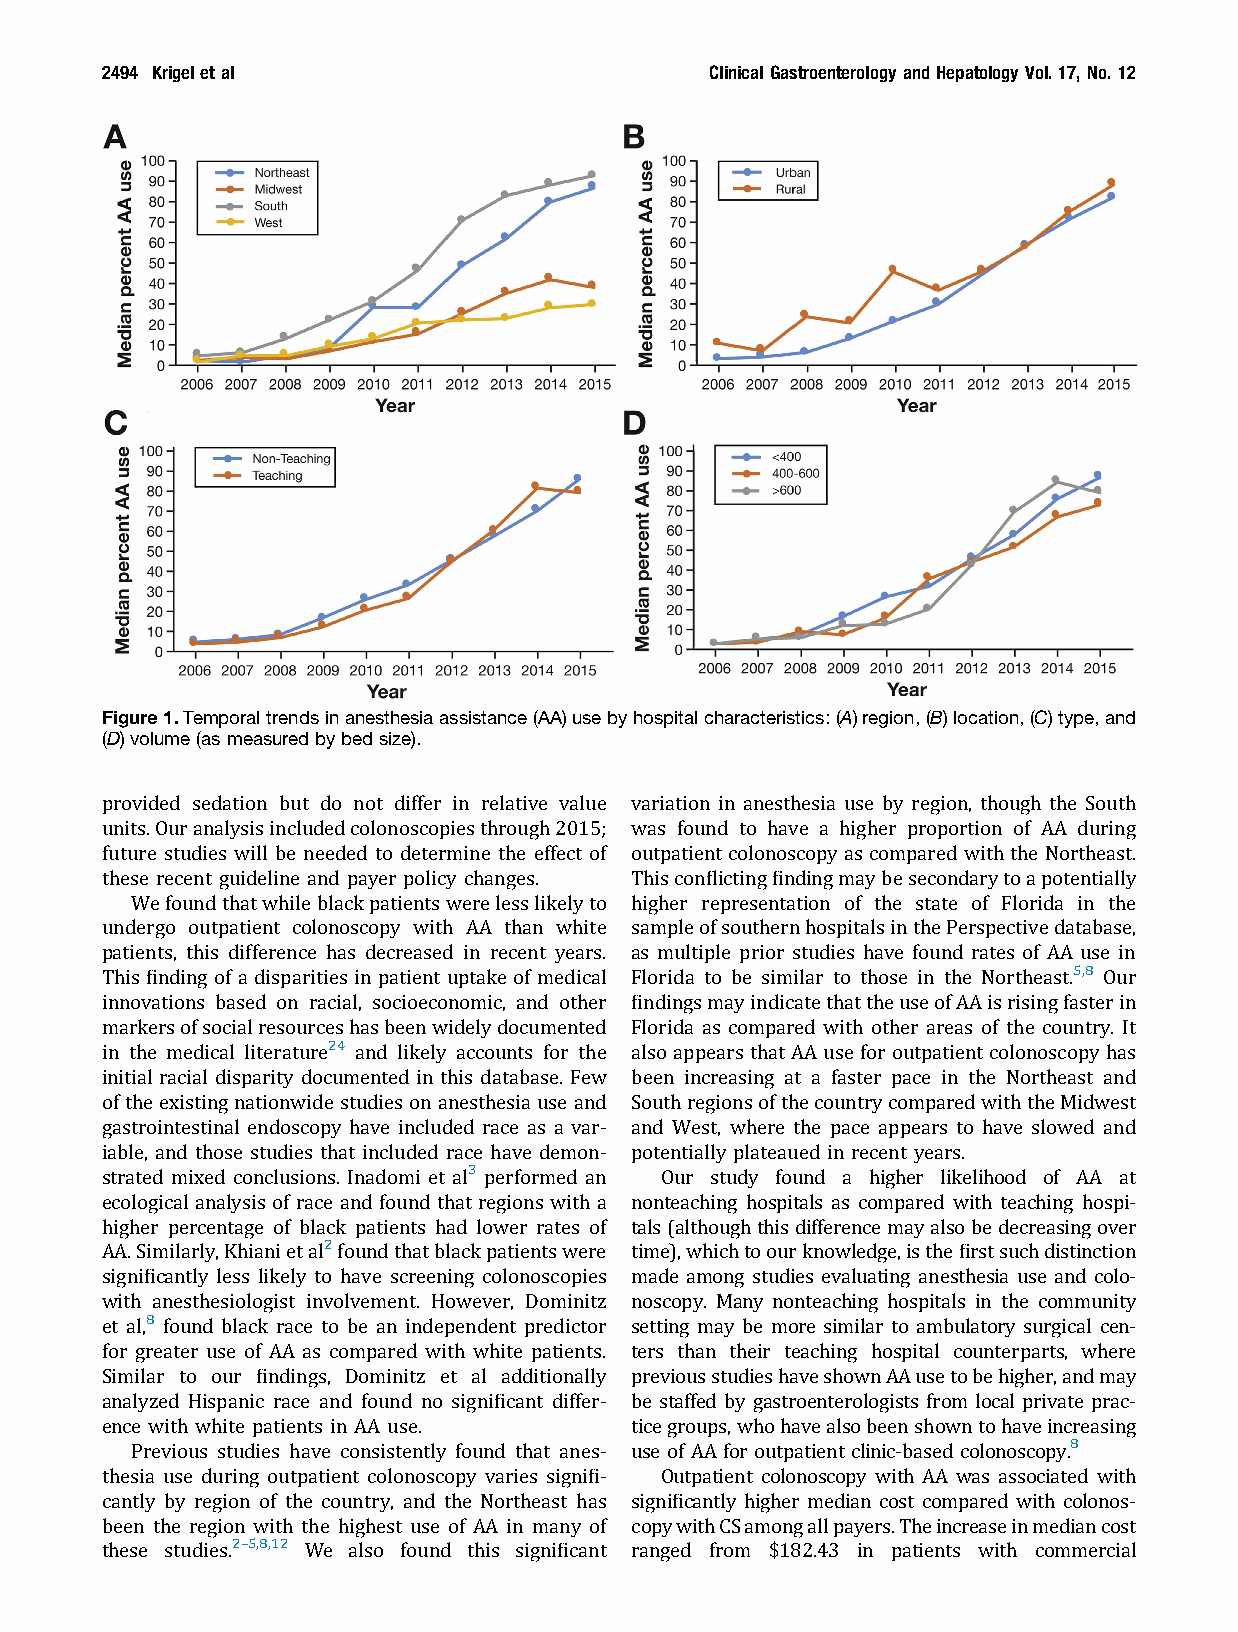
2494 Krigeletal                         Clinical GastroenterologyandHepatology Vol.17,No. 12
 Figure1.Temporaltrendsinanesthesiaassistance(AA)usebyhospitalcharacteristics:(A)region,(B)location,(C)type,and
 (D)volume(asmeasuredbybedsize).
 provided sedation but do not differ in relative value variation in anesthesia use by region, though the South
 units.Ouranalysisincludedcolonoscopiesthrough2015; was found to have a higher proportion of AA during
 future studies will be needed to determine the effect of outpatientcolonoscopyascomparedwiththeNortheast.
 these recent guideline and payer policy changes. Thisconflictingfindingmaybesecondarytoapotentially
 Wefoundthatwhileblackpatientswerelesslikelyto higher representation of the state of Florida in the
 undergo outpatient colonoscopy with AA than white sampleofsouthernhospitalsinthePerspectivedatabase,
 patients, this difference has decreased in recent years. as multiple prior studies have found rates of AA use in
 This finding of a disparities in patient uptake of medical Florida to be similar to those in the Northeast.5,8 Our
 innovations based on racial, socioeconomic, and other findingsmayindicatethattheuseofAAisrisingfasterin
 markersofsocialresourceshasbeenwidelydocumented Florida as compared with other areas of the country. It
 in the medical literature24 and likely accounts for the also appears that AA use for outpatient colonoscopy has
 initial racial disparity documented in this database. Few been increasing at a faster pace in the Northeast and
 ofthe existing nationwide studies onanesthesia useand SouthregionsofthecountrycomparedwiththeMidwest
 gastrointestinal endoscopy have included race as a var- and West, where the pace appears to have slowed and
 iable, and those studies that included race have demon- potentially plateaued in recent years.
 strated mixed conclusions. Inadomi et al3 performed an Our study found a higher likelihood of AA at
 ecological analysis of race and found that regions with a nonteaching hospitals as compared with teaching hospi-
 higher percentage of black patients had lower rates of tals(althoughthisdifferencemayalsobedecreasingover
 AA.Similarly,Khianietal2foundthatblackpatientswere time),whichtoourknowledge,isthefirstsuchdistinction
 significantly less likely to have screening colonoscopies made among studies evaluating anesthesia use and colo-
 with anesthesiologist involvement. However, Dominitz noscopy. Many nonteaching hospitals in the community
 et al,8 found black race to be an independent predictor setting may be more similar to ambulatory surgical cen-
 for greater use of AA as compared with white patients. ters than their teaching hospital counterparts, where
 Similar to our findings, Dominitz et al additionally previousstudieshaveshownAAusetobehigher,andmay
 analyzed Hispanic race and found no significant differ- be staffed by gastroenterologists from local private prac-
 ence with white patients in AA use. ticegroups,whohavealsobeenshowntohaveincreasing
 Previous studies have consistently found that anes- use of AA for outpatient clinic-based colonoscopy.8
 thesia use during outpatient colonoscopy varies signifi- Outpatient colonoscopy with AA was associated with
 cantly by region of the country, and the Northeast has significantly higher median cost compared with colonos-
 been the region with the highest use of AA in many of copywithCSamongallpayers.Theincreaseinmediancost
 these studies.2–5,8,12 We also found this significant ranged from $182.43 in patients with commercial